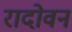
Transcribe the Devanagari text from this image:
रादोवन